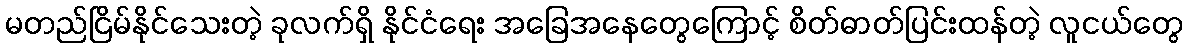
မတည်ငြိမ်နိုင်သေးတဲ့ ခုလက်ရှိ နိုင်ငံရေး အခြေအနေတွေကြောင့် စိတ်ဓာတ်ပြင်းထန်တဲ့ လူငယ်တွေ